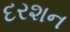
દરશન